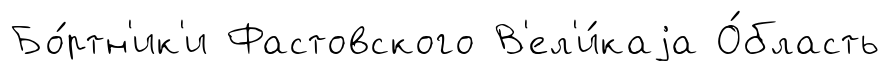
Бо́ртн'ик'и Фастовского В'ел'и́каjа О́бласть